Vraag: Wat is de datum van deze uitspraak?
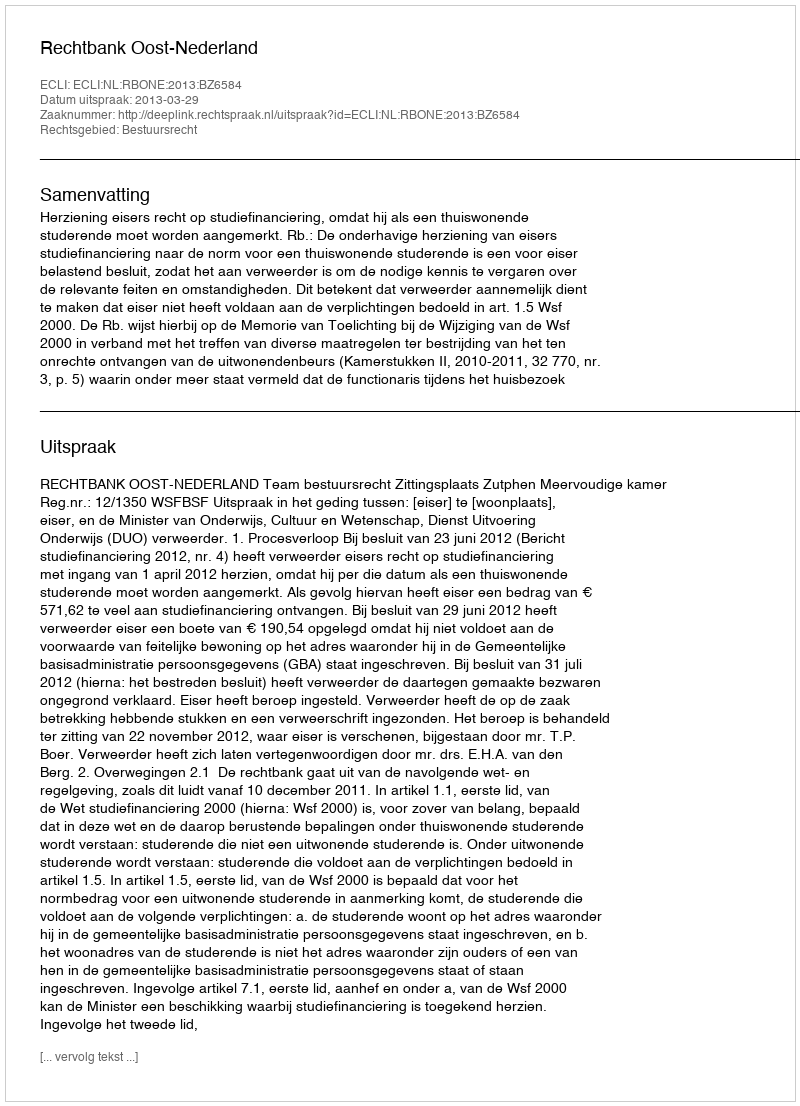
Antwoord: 2013-03-29